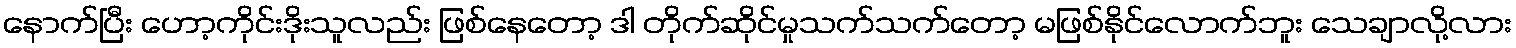
နောက်ပြီး ဟော့ကိုင်းဒိုးသူလည်း ဖြစ်နေတော့ ဒါ တိုက်ဆိုင်မှုသက်သက်တော့ မဖြစ်နိုင်လောက်ဘူး သေချာလို့လား